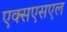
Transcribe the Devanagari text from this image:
एक्सएसएल